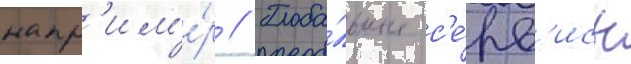
напр'им'е́р // Глоба́льные с'е́рв'исы